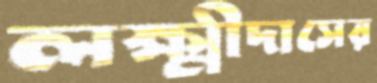
লক্ষ্মীদাসের